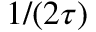
1 / ( 2 \tau )